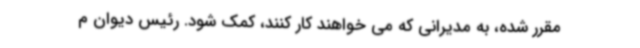
مقرر شده، به مدیرانی که می خواهند کار کنند، کمک شود. رئیس دیوان م